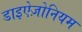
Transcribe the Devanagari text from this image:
डाइऐज़ोनियम